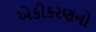
એકીકરણનો